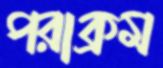
পরাক্রম